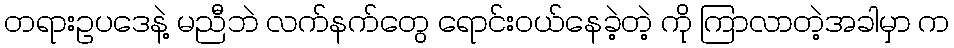
တရားဥပဒေနဲ့ မညီဘဲ လက်နက်တွေ ရောင်းဝယ်နေခဲ့တဲ့ ကို ကြာလာတဲ့အခါမှာ က